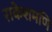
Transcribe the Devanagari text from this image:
राकेशमणि